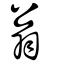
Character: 翁